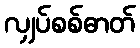
လျှပ်စစ်ဓာတ်